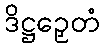
ဒိဋ္ဌဉှေတံ